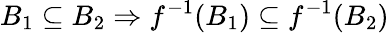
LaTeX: B_{1}\subseteq B_{2}\Rightarrow f^{-1}(B_{1})\subseteq f^{-1}(B_{2})